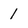
Character: l